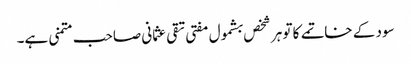
سود کے خاتمے کا تو ہر شخص بشمول مفتی تقی عثمانی صاحب متمنی ہے۔